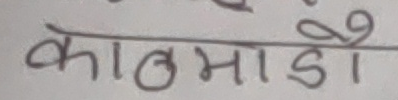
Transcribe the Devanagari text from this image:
काठमाडौँ